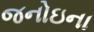
જનોઇના